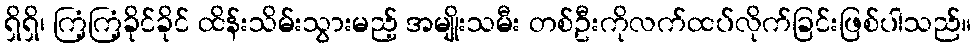
ရှိရှိ၊ ကြံ့ကြံ့ခိုင်ခိုင် ထိန်းသိမ်းသွားမည့် အမျိုးသမီး တစ်ဦးကိုလက်ထပ်လိုက်ခြင်းဖြစ်ပါသည်။